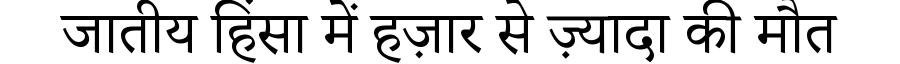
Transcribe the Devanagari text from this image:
जातीय हिंसा में हज़ार से ज़्यादा की मौत